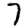
Digit: 7